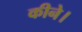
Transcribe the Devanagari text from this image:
कीने।